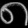
Digit: ၈